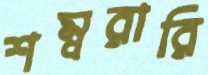
শম্বরারি